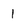
Character: 1